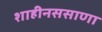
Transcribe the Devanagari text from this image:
शाहीनससाणा